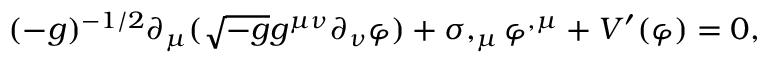
( - g ) ^ { - 1 / 2 } \partial _ { \mu } ( \sqrt { - g } g ^ { \mu \nu } \partial _ { \nu } \varphi ) + \sigma , _ { \mu } \varphi ^ { , \mu } + V ^ { \prime } ( \varphi ) = 0 ,